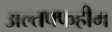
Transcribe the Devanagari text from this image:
अल्तफ्फहीम